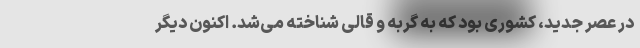
در عصر جدید، کشوری بود که به گربه و قالی شناخته می‌شد. اکنون دیگر